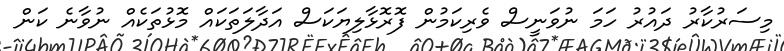
މިސަރުކާރު ދައުރު ހަމަ ނުވަނީސް ވެރިކަމުން ފޮރޮޅާލިޔަކަސް އަދާލަތަކައް މޮޅުތަކެއް ނުވާނެ ކަން